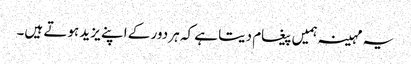
یہ مہینہ ہمیں پیغام دیتا ہے کہ ہر دور کے اپنے یزید ہوتے ہیں۔